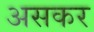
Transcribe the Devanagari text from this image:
असकर